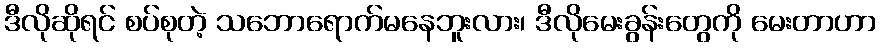
ဒီလိုဆိုရင် စပ်စုတဲ့ သဘောရောက်မနေဘူးလား၊ ဒီလိုမေးခွန်းတွေကို မေးတာဟာ